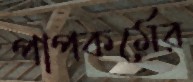
পাপকর্মের